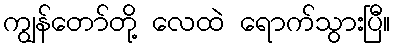
ကျွန်တော်တို့ လေထဲ ရောက်သွားပြီ။